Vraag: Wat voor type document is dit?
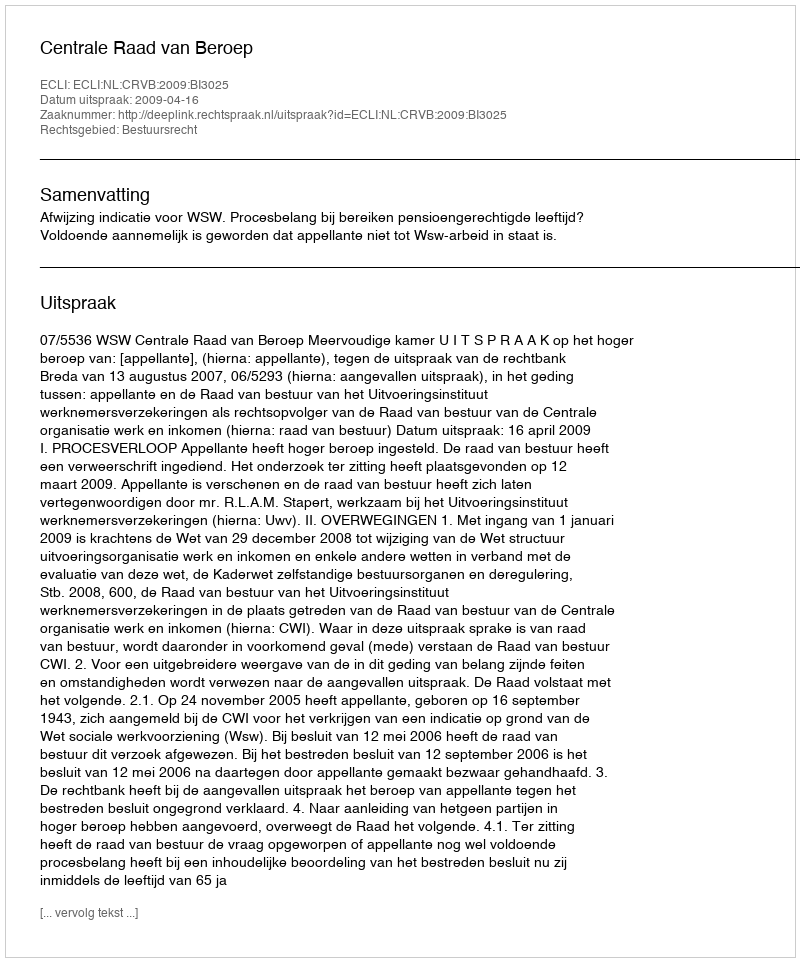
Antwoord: Uitspraak